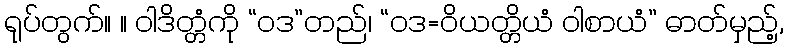
ရုပ်တွက်။ ။ ဝါဒိတ္တံကို “ဝဒ”တည်၊ “ဝဒ=ဝိယတ္တိယံ ဝါစာယံ” ဓာတ်မှည့်,